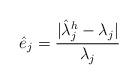
LaTeX: \begin{align*}\hat e_j = \frac{| \hat \lambda^h_j - \lambda_j | }{\lambda_j}\end{align*}